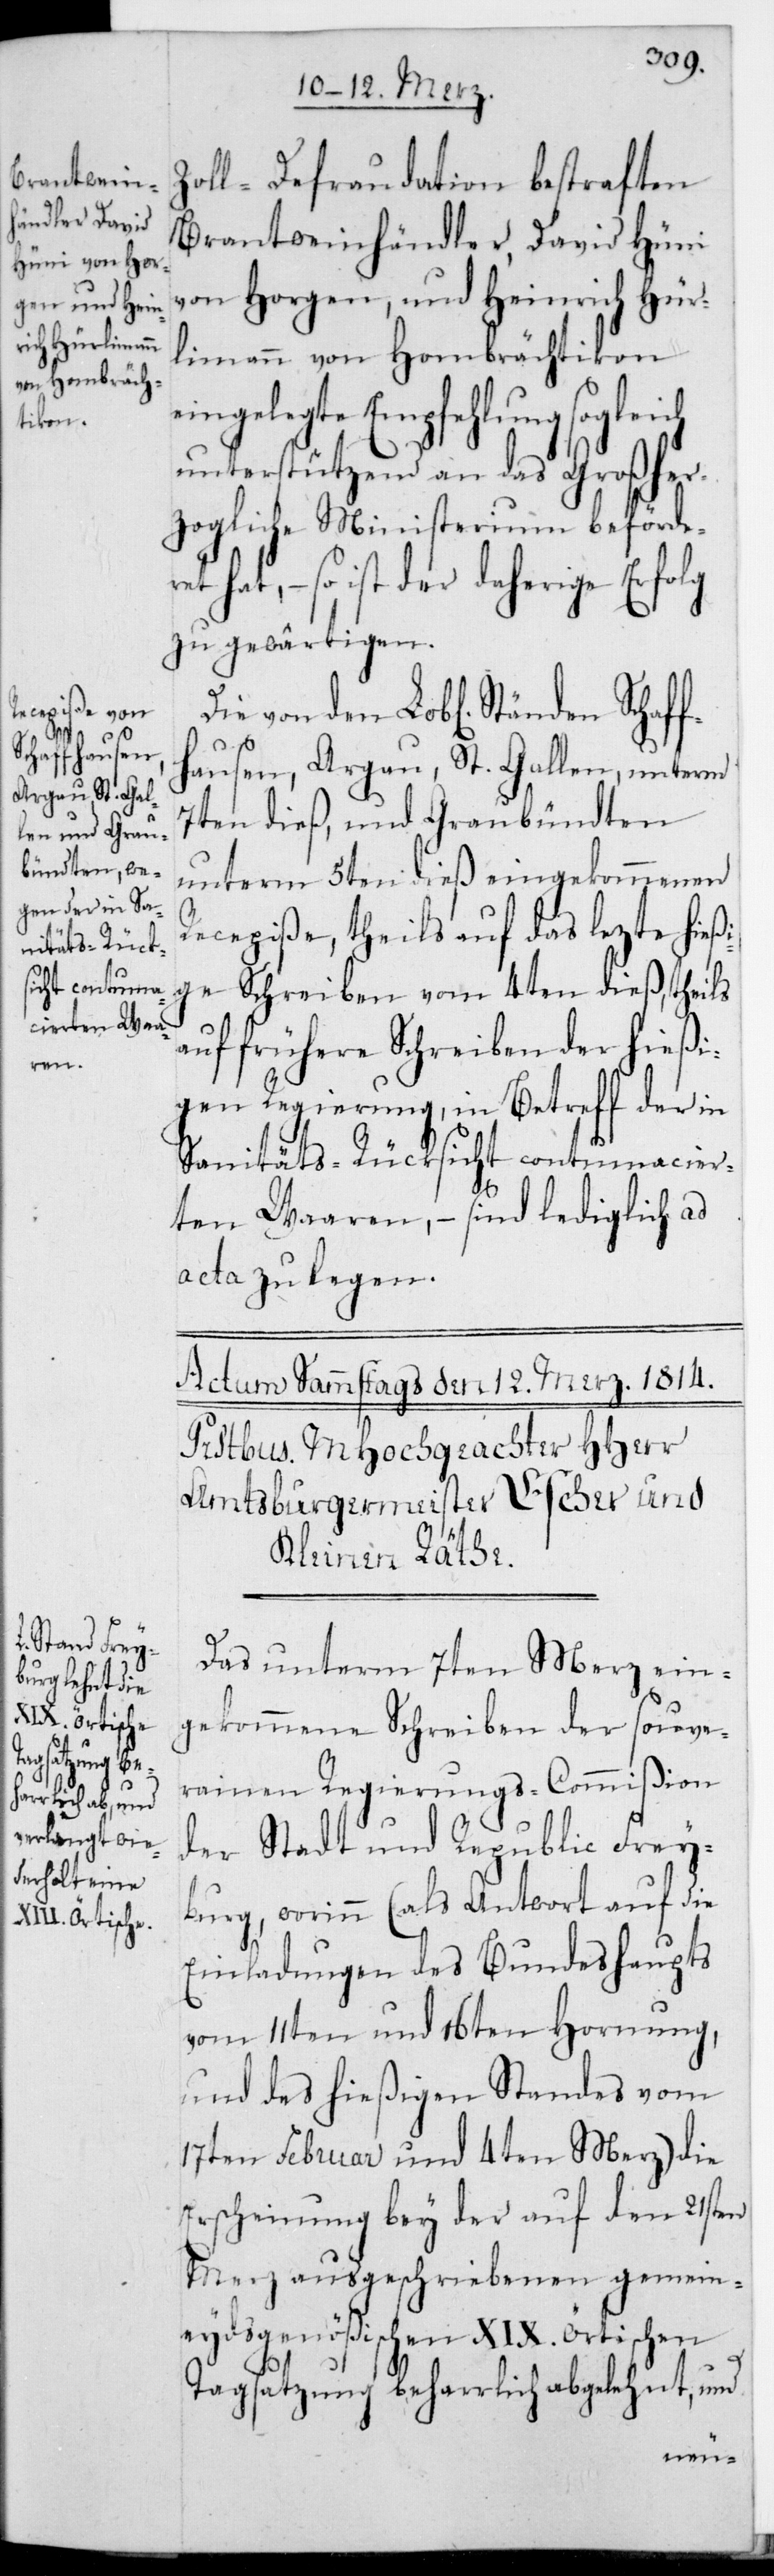
ch
ret

Zolldefraudation betraften
Branntweinhändler, David Hüni
von Horgen und Heinrich Hür¬
limann von Hombrächtikon
ngelegte Empfehlung soglei¬
unterstützend an das Großher¬
zogliche Ministerium beförde¬
hat, – so ist der daherige Erfolg
zu gewärtigen.
Die von den Lobl. Ständen Schaf¬
hausen, Argau, St. Gallen unterm
7ten dieß, und Graubündten
unterm 5ten dieß eingekommenen
Recepiße, theils auf das lezte hieß¬
ige Schreiben vom 4ten dieß, theils
auf frühere Schreiben der hießi¬
gen Regierung, in Betreff der in
Sanitäts-Rücksicht contumacier¬
ten Waaren, – sind lediglich ad
acta zu legen.
Das unterm 7ten Merz ein¬
gekommene Schreiben der souve¬
rainen Regierungs-Commißion
der Stadt und Republic Frey¬
burg, worinn (als Antwort auf die
Einladungen des Bundeshaupts
vom 11ten und 16ten Hornung,
und des hießigen Standes vom
17ten Februar und 4ten Merz) die
Erscheinung bey der auf den 21sten
Merz ausgeschriebenen gemein¬
eydsgenößischen XIX. örtischen
Tagsatzung beharrlich ablehnt,